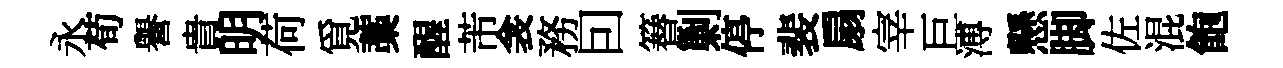
永荀譽貴明荷覓藁醒芾衾務囙簮剿停裴扇宰巨溥懸脚佐混飽